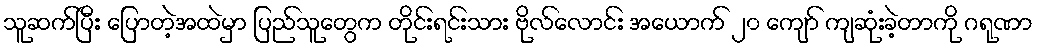
သူဆက်ပြီး ပြောတဲ့အထဲမှာ ပြည်သူတွေက တိုင်းရင်းသား ဗိုလ်လောင်း အယောက် ၂၀ ကျော် ကျဆုံးခဲ့တာကို ဂရုဏာ